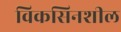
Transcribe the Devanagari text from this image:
विकसिनशील